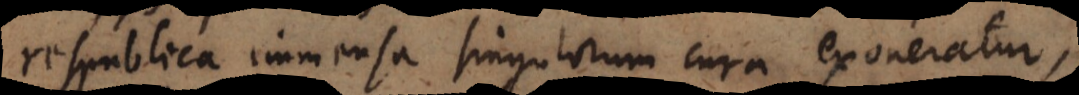
respublica immensa singulorum cura exoneratur,